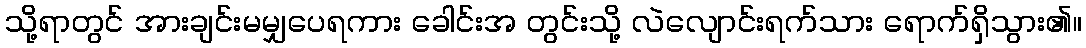
သို့ရာတွင် အားချင်းမမျှပေရကား ခေါင်းအ တွင်းသို့ လဲလျောင်းရက်သား ရောက်ရှိသွား၏။